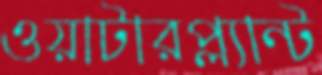
ওয়াটারপ্ল্যান্ট